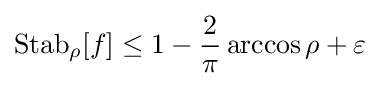
\operatorname {Stab} _{\rho }[f]\leq 1-{\frac {2}{\pi }}\arccos \rho +\varepsilon